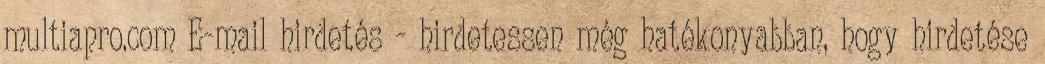
multiapro.com E-mail hirdetés - hirdetessen még hatékonyabban, hogy hirdetése